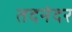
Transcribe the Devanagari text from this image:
तदनंदर